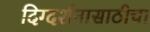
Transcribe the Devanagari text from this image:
दिग्दर्शनासाठीचा